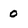
Character: 0